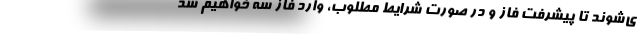
ی‌شوند تا پیشرفتِ فاز و در صورت شرایط مطلوب، وارد فاز سه خواهیم شد